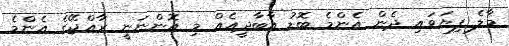
މާލެ ފިޔަވައި ދެން އެންމެ ބޮޑު އާބާދީއެއް މި އޮންނަނީ ރާއްޖޭގެ އެންމެ